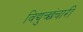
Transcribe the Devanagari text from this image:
विद्युच्छंचारी